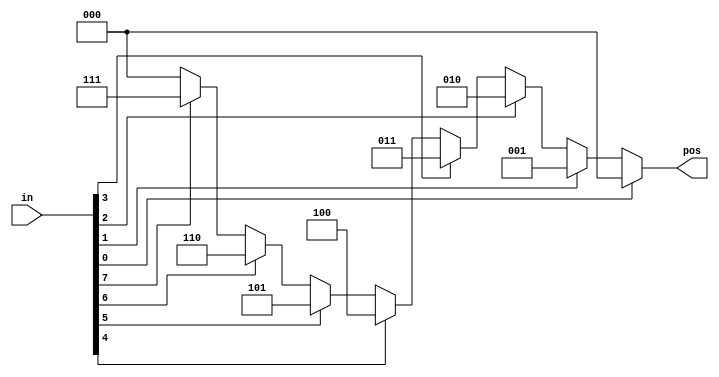
/* casez *Build a priority encoder for 8-bit inputs. Given an 8-bit vector, the output should report the first (least significant) bit in the vector that is 1. Report zero if the input vector has no bits that are high. For example,
the input 8'b10010000 should output 3'd4, because bit[4] is first bit that is high.*/

module top_module (
    input [7:0] in,
    output reg [2:0] pos);

    always@(*) begin
        casez(in[7:0])
            8'bzzzzzzz1: pos = 0;
            8'bzzzzzz1z: pos = 1;
            8'bzzzzz1zz: pos = 2;
            8'bzzzz1zzz: pos = 3;
            8'bzzz1zzzz: pos = 4;
            8'bzz1zzzzz: pos = 5;
            8'bz1zzzzzz: pos = 6;
            8'b1zzzzzzz: pos = 7;
            default: pos = 0;
        endcase
    end

endmodule